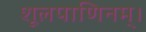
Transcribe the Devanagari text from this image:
शूलपाणिनम्।